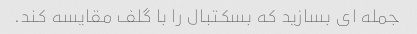
جمله ای بسازید که بسکتبال را با گلف مقایسه کند.